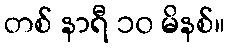
တစ် နာရီ ၁၀ မိနစ်။